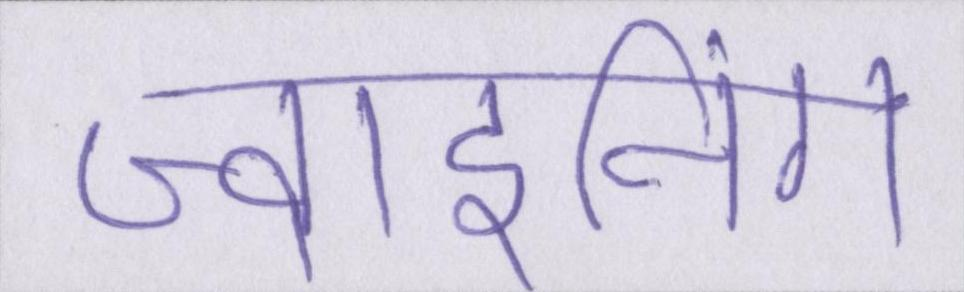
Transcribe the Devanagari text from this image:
ज्वाइनिंग